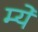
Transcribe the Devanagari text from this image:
म्ये